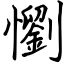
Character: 懰